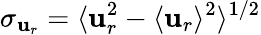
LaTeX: \sigma_{\mathbf{u}_{r}}=\langle\mathbf{u}_{r}^{2}-\langle\mathbf{u}_{r}\rangle^{2}\rangle^{1/2}